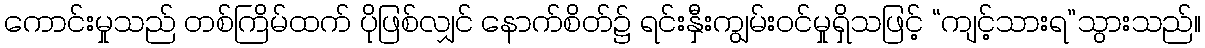
ကောင်းမှုသည် တစ်ကြိမ်ထက် ပိုဖြစ်လျှင် နောက်စိတ်၌ ရင်းနှီးကျွမ်းဝင်မှုရှိသဖြင့် “ကျင့်သားရ”သွားသည်။